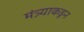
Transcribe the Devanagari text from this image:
मंत्र्याकडून